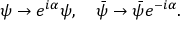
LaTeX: \psi \rightarrow e ^ { i \alpha } \psi , \ \ \ \bar { \psi } \rightarrow \bar { \psi } e ^ { - i \alpha } .